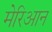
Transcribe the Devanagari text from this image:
मेरिआन